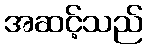
အဆင့်သည်